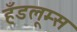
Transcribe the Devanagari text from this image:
हँडलूम्स